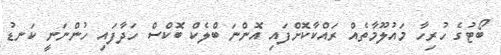
ބޯޓުގެ ހުރިހާ މައުލޫމާތެއް ރައްކާކޮށްފައި އޮންނަ ބްލެކް ބޮކްސް ހަދާފައި ހުންނަނީ ކަނޑު